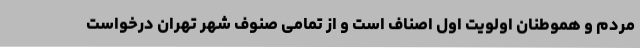
مردم و هموطنان اولویت اول اصناف است و از تمامی صنوف شهر تهران درخواست